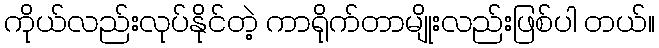
ကိုယ်လည်းလုပ်နိုင်တဲ့ ကာရိုက်တာမျိုးလည်းဖြစ်ပါ တယ်။